Annual administration report of the Civil Veterinary Department of India - 1897-1898
Year: 1897
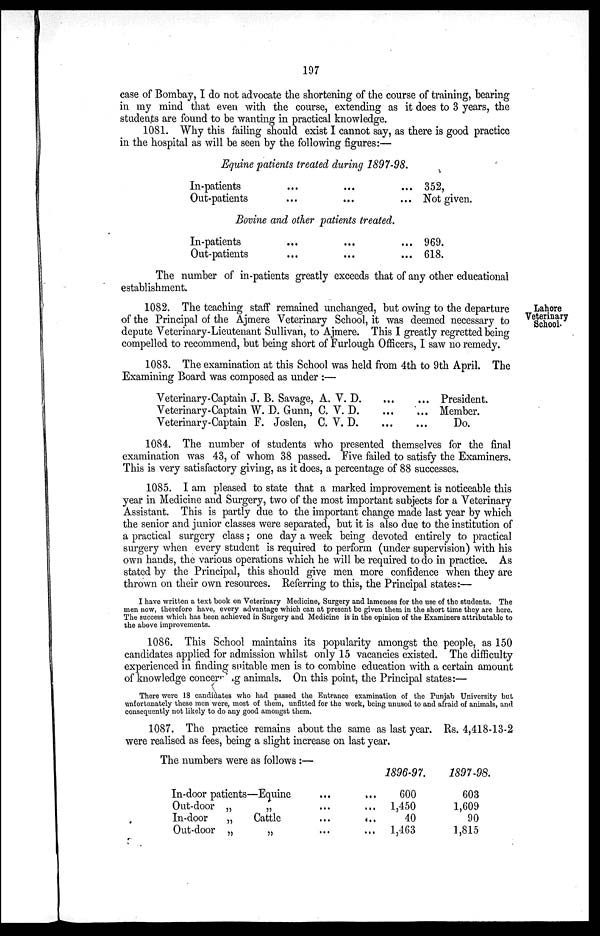
197
case of Bombay, I do not advocate the shortening of the course of training, bearing
in my mind that even with the course, extending as it does to 3 years, the
students are found to be wanting in practical knowledge.
1081. Why this failing should exist I cannot say, as there is good practice
in the hospital as will be seen by the following figures:—
Equine patients treated during 1897-98.
In-patients ... ... ...
Out-patients... ... ...
352,
Not given.
Bovine and other patients treated.
In-patients ... ... ...
Out-patients ... ... ...
969.
618.
The number of in-patients greatly exceeds that of any other educational
establishment.
Lahore
Veterinary
School.
1082. The teaching staff remained unchanged, but owing to the departure
of the Principal of the Ajmere Veterinary School, it was deemed necessary to
depute Veterinary-Lieutenant Sullivan, to Ajmere. This I greatly regretted being
compelled to recommend, but being short of Furlough Officers, I saw no remedy.
1083. The examination at this School was held from 4th to 9th April. The
Examining Board was composed as under:—
Veterinary-Captain J. B. Savage, A. V. D. ... ...
Veterinary-Captain W. D. Gunn, C. V. D. ... ...
Veterinary-Captain F. Joslen, C. V. D. ... ...
President.
Member.
Do.
1084. The number of students who presented themselves for the final
examination was 43, of whom 38 passed. Five failed to satisfy the Examiners.
This is very satisfactory giving, as it does, a percentage of 88 successes.
1085. I am pleased to state that a marked improvement is noticeable this
year in Medicine and Surgery, two of the most important subjects for a Veterinary
Assistant. This is partly due to the important change made last year by which
the senior and junior classes were separated, but it is also due to the institution of
a practical surgery class; one day a week being devoted entirely to practical
surgery when every student is required to perform (under supervision) with his
own hands, the various operations which he will be required to do in practice. As
stated by the Principal, this should give men more confidence when they are
thrown on their own resources. Referring to this, the Principal states:—
I have written a text book on Veterinary Medicine, Surgery and lameness for the use of the students. The
men now, therefore have, every advantage which can at present be given them in the short time they are here.
The success which has been achieved in Surgery and Medicine is in the opinion of the Examiners attributable to
the above improvements.
1086. This School maintains its popularity amongst the people, as 150
candidates applied for admission whilst only 15 vacancies existed. The difficulty
experienced in finding suitable men is to combine education with a certain amount
of knowledge concerning animals. On this point, the Principal states:—
There were 18 candidates who had passed the Entrance examination of the Punjab University but
unfortunately these men were, most of them, unfitted for the work, being unused to and afraid of animals, and
consequently not likely to do any good amongst them.
1087. The practice remains about the same as last year. Rs. 4,418-13-2
were realised as fees, being a slight increase on last year.
The numbers were as follows:—
In-door patients—Equine ... ...
Out-door „
„
... ...
In-door
„
Cattle ... ...
Out-door „
„ ... ...
1896-97.
600
1,450
40
1,463
1897-98.
603
1,609
90
1,815